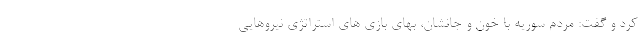
کرد و گفت: مردم سوریه با خون و جانشان، بهای بازی های استراتژی نیروهایی